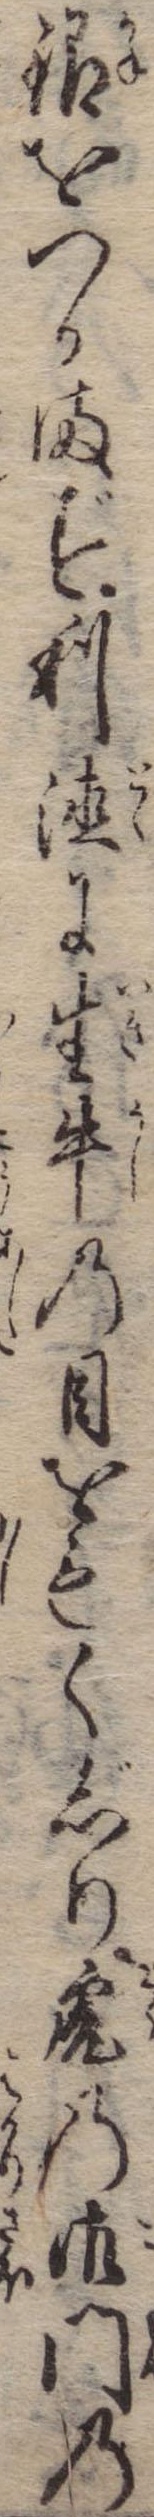
銀をつかまず利徳に生牛の目をもくじり虎の御門の